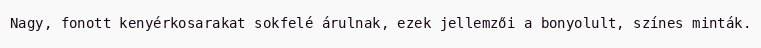
Nagy, fonott kenyérkosarakat sokfelé árulnak, ezek jellemzői a bonyolult, színes minták.